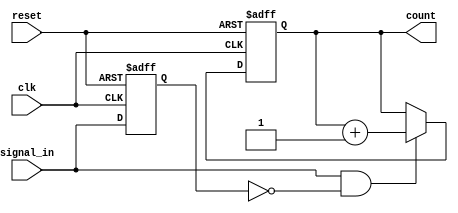
module edge_counter (
    input wire clk,            // Clock signal
    input wire reset,          // Active-high asynchronous reset
    input wire signal_in,      // Input signal for edge detection
    output reg [15:0] count    // Binary output count (16-bit for example)
);

// Parameter for edge detection type
parameter RISING_EDGE = 1'b1;
parameter FALLING_EDGE = 1'b0;
parameter EDGE_TYPE = RISING_EDGE; // Set to RISING_EDGE or FALLING_EDGE based on requirement

// Internal signal to hold the previous state of signal_in for edge detection
reg signal_in_prev;

// Asynchronous reset and edge detection logic
always @(posedge clk or posedge reset) begin
    if (reset) begin
        count <= 16'b0; // Reset counter to zero
        signal_in_prev <= 1'b0; // Reset previous signal state
    end else begin
        // Edge detection logic based on EDGE_TYPE
        if (EDGE_TYPE == RISING_EDGE) begin
            // Count rising edge
            if (signal_in && !signal_in_prev) begin
                count <= count + 1; // Increment count on rising edge
            end
        end else if (EDGE_TYPE == FALLING_EDGE) begin
            // Count falling edge
            if (!signal_in && signal_in_prev) begin
                count <= count + 1; // Increment count on falling edge
            end
        end
        // Update previous signal state
        signal_in_prev <= signal_in;
    end
end

endmodule